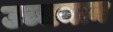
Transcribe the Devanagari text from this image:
उच्चमान